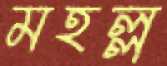
মহল্ল